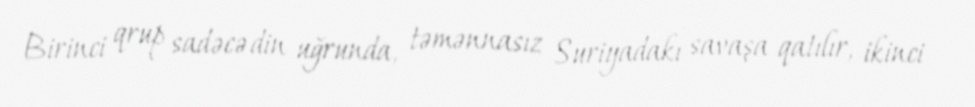
Birinci qrup sadəcə din uğrunda, təmənnasız Suriyadakı savaşa qatılır, ikinci